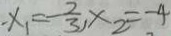
- x _ { 1 } = - \frac { 2 } { 3 } , x _ { 2 } = - 4